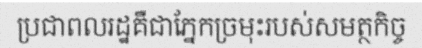
ប្រជាពលរដ្ឋគឺជាភ្នែកច្រមុះរបស់សមត្ថកិច្ច